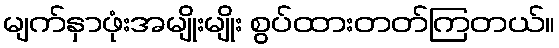
မျက်နှာဖုံးအမျိုးမျိုး စွပ်ထားတတ်ကြတယ်။